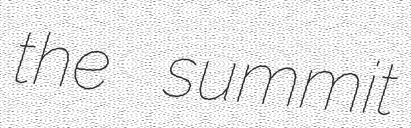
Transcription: the summit